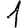
Digit: 1